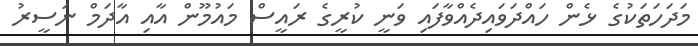
މަދަހަތަކުގެ ޅެން ހައްދަވައިދެއްވާފައި ވަނީ ކުރީގެ ރައީސް މައުމޫން އާއި އާދަމް ނަސީރު